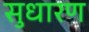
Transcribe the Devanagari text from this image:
सुधारण